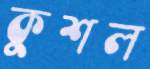
কুশল